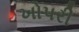
ખોપરી